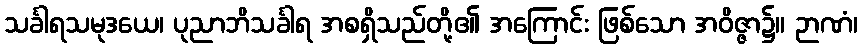
သင်္ခါရသမုဒယေ၊ ပုညာဘိသင်္ခါရ အစရှိသည်တို့၏ အကြောင်း ဖြစ်သော အဝိဇ္ဇာ၌။ ဉာဏံ၊